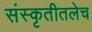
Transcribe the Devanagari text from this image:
संस्कृतीतलेच